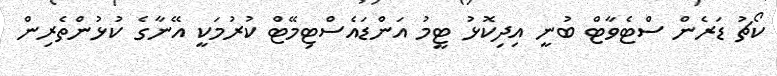
ކޯޗު ޑަރެން ސްޓެވާޓް ބުނީ އިދިކޮޅު ޓީމު އަންޑައެސްޓިމޭޓް ކުރުމަކީ އޭނާގެ ކުޅުންތެރިން